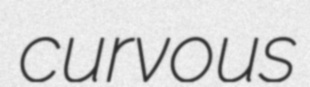
curvous